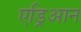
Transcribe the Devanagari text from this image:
एड्रिआन